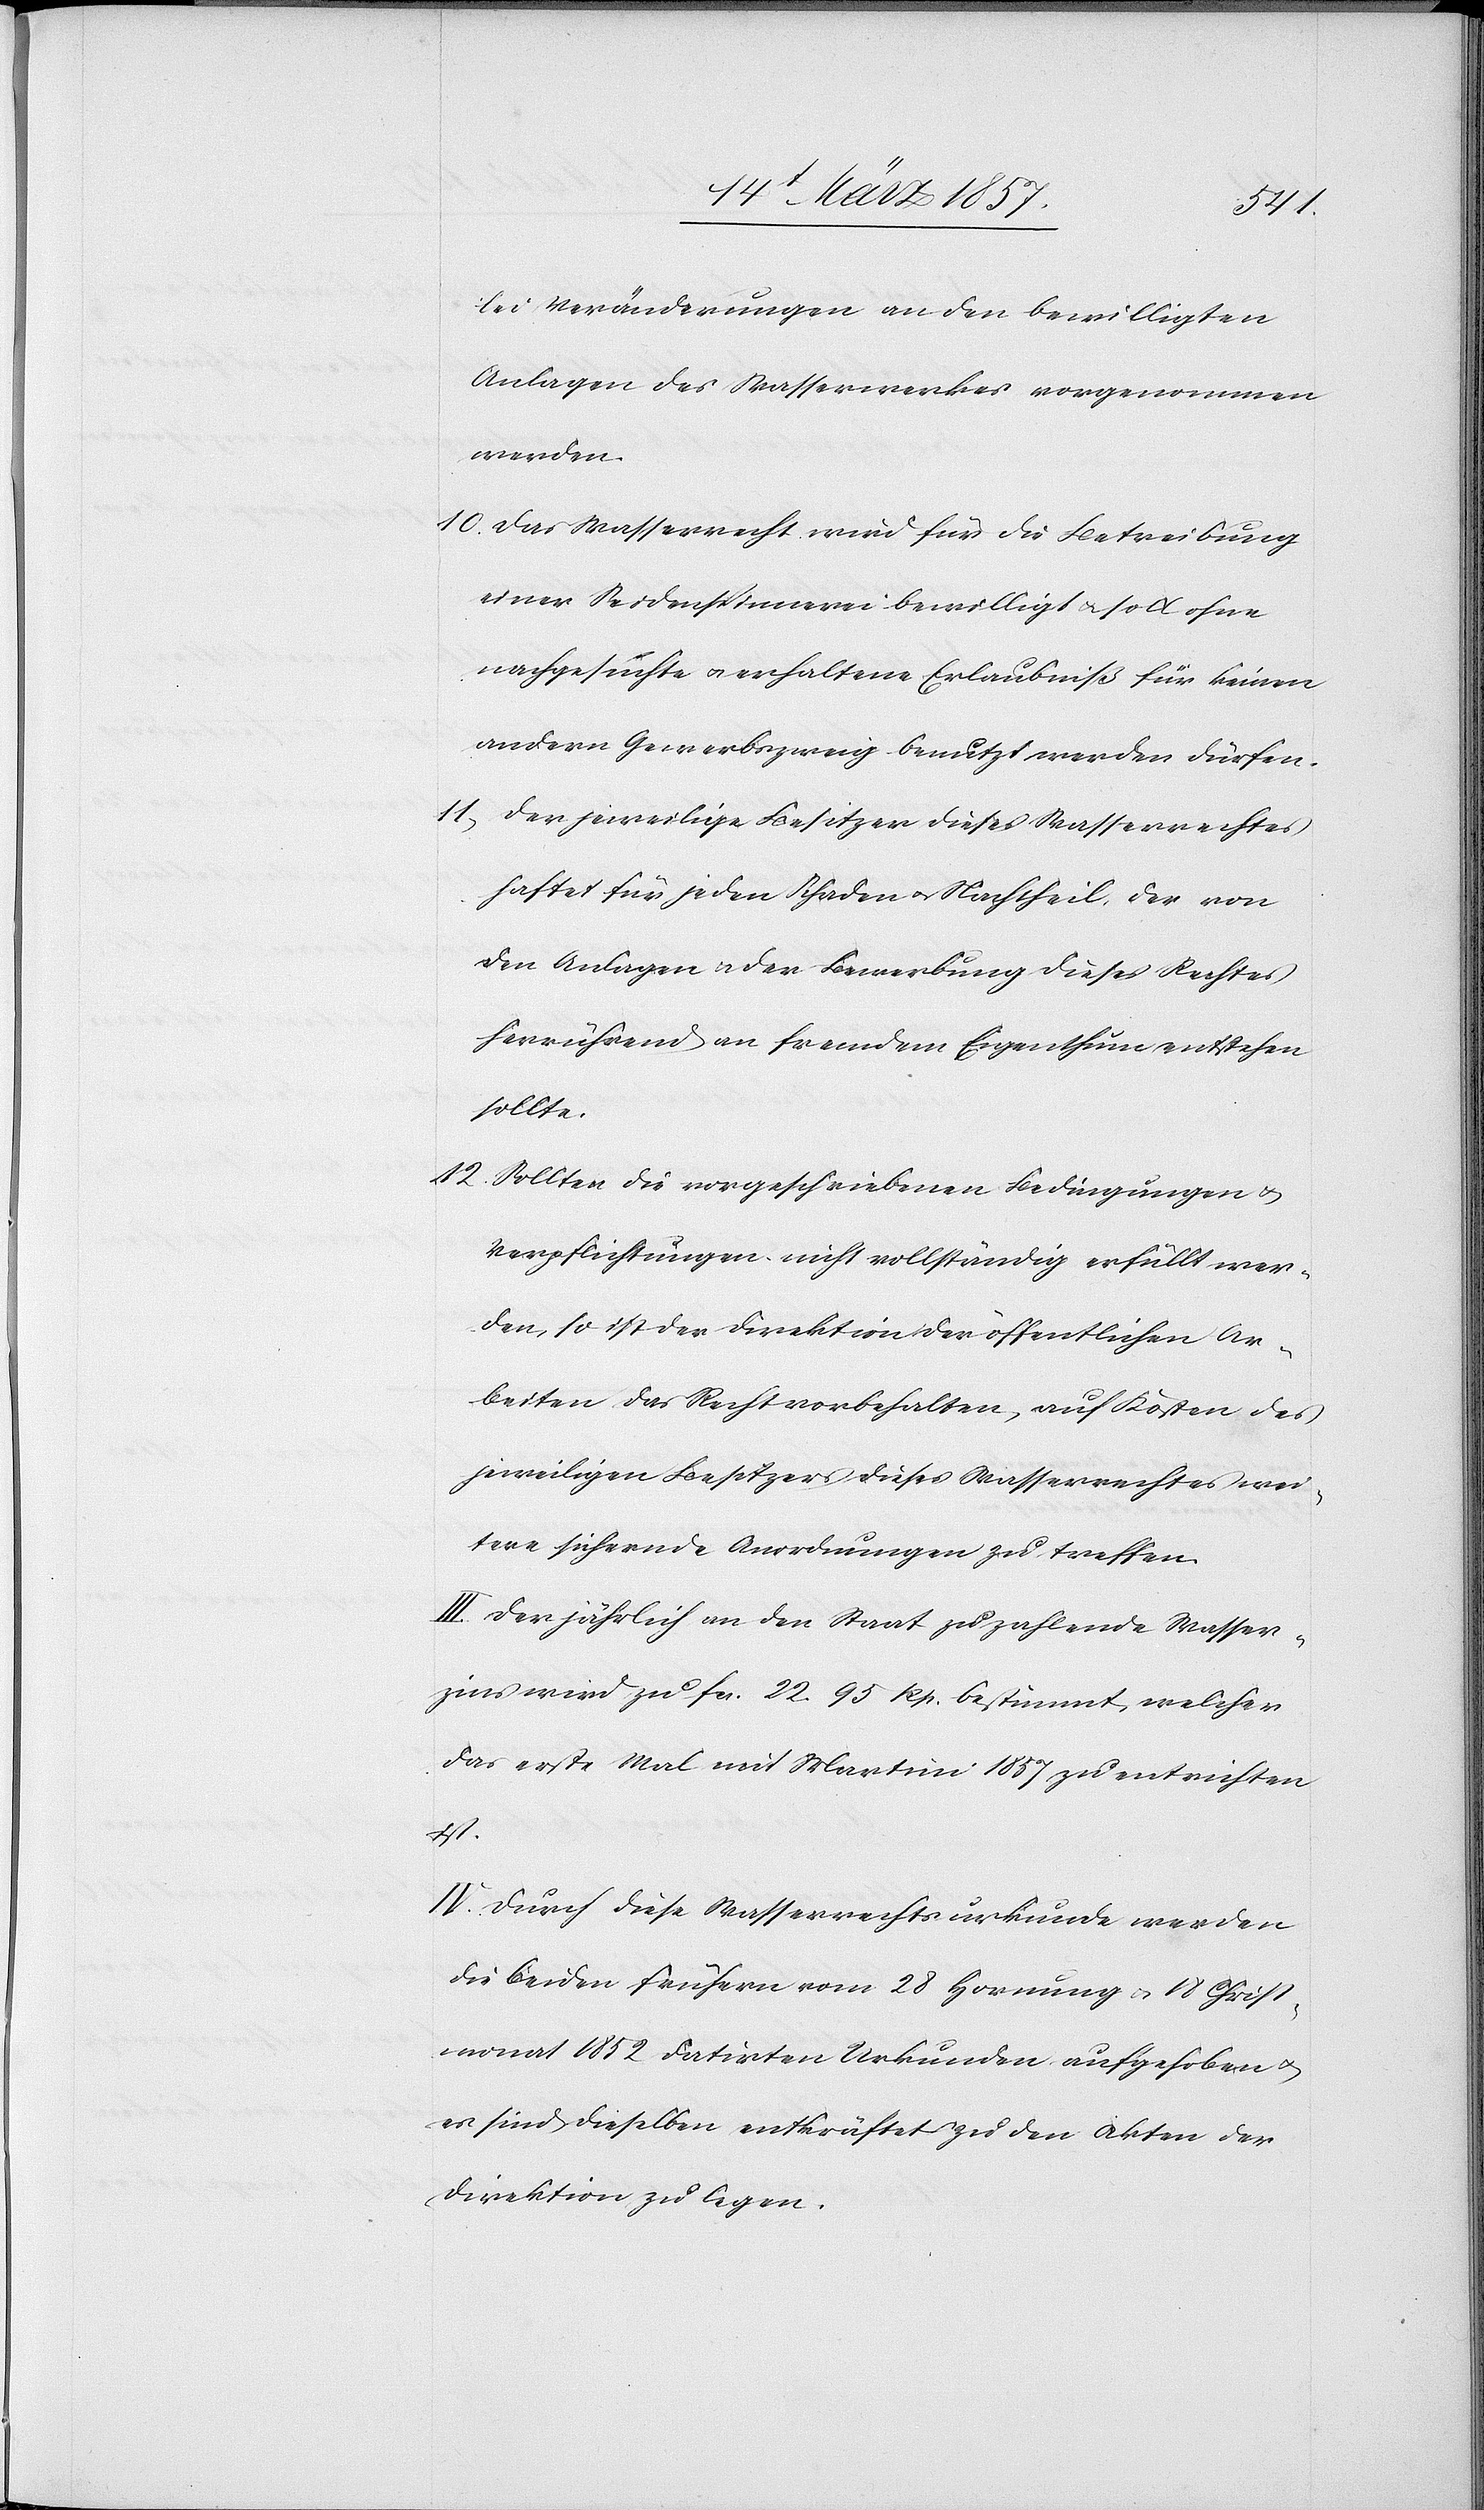
lei Veränderungen an den bewilligten
Anlagen des Wasserwerkes vorgenommen
werden.
10. Das Wasserrecht wird für die Betreibung
einer Seidenspinnerei bewilligt u. soll ohne
nachgesuchte u. erhaltene Erlaubniß für keinen
andern Gewerbszweig benutzt werden dürfen.
11. Der jeweilige Besitzer dieses Wasserrechtes
haftet für jeden Schaden u. Nachtheil, der von
den Anlagen u. der Bewerbung dieses Rechtes
herrührend an fremdem Eigenthum entstehen
sollte.
12. Sollten die vorgeschriebenen Bedingungen u.
Verpflichtungen nicht vollständig erfüllt wer¬
den, so ist der Direktion der öffentlichen Ar¬
beiten das Recht vorbehalten, auf Kosten des
jeweiligen Besitzers dieses Wasserrechts wei¬
tere sichernde Anordnungen zu treffen.
III. Der jährlich an den Staat zu zahlende Wasser¬
zins wird zu fr. 22. 95 Rp. bestimmt, welcher
das erste Mal mit Martini 1857 zu entrichten
ist.
IV. Durch diese Wasserrechtsurkunde werden
die beiden frühern vom 28 Hornung u. 18 Christ¬
monat 1852 datirten Urkunden aufgehoben u.
es sind dieselben entkräftet zu den Akten der
Direktion zu legen.